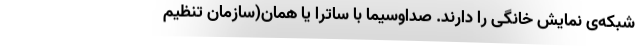
شبکه‌ی نمایش خانگی را دارند. صداوسیما با ساترا یا همان(سازمان تنظیم